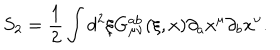
LaTeX: S _ { 2 } = \frac { 1 } { 2 } \int d ^ { 2 } \xi G _ { \mu \nu } ^ { a b } ( \xi , x ) \partial _ { a } x ^ { \mu } \partial _ { b } x ^ { \nu } .